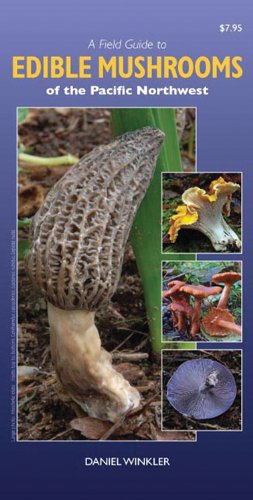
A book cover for A Field Guide to Edible Mushrooms of the Pacific Northwest; Daniel Winkler; Science & Math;